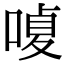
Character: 𠹘